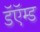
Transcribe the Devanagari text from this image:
डॅऍम्ड